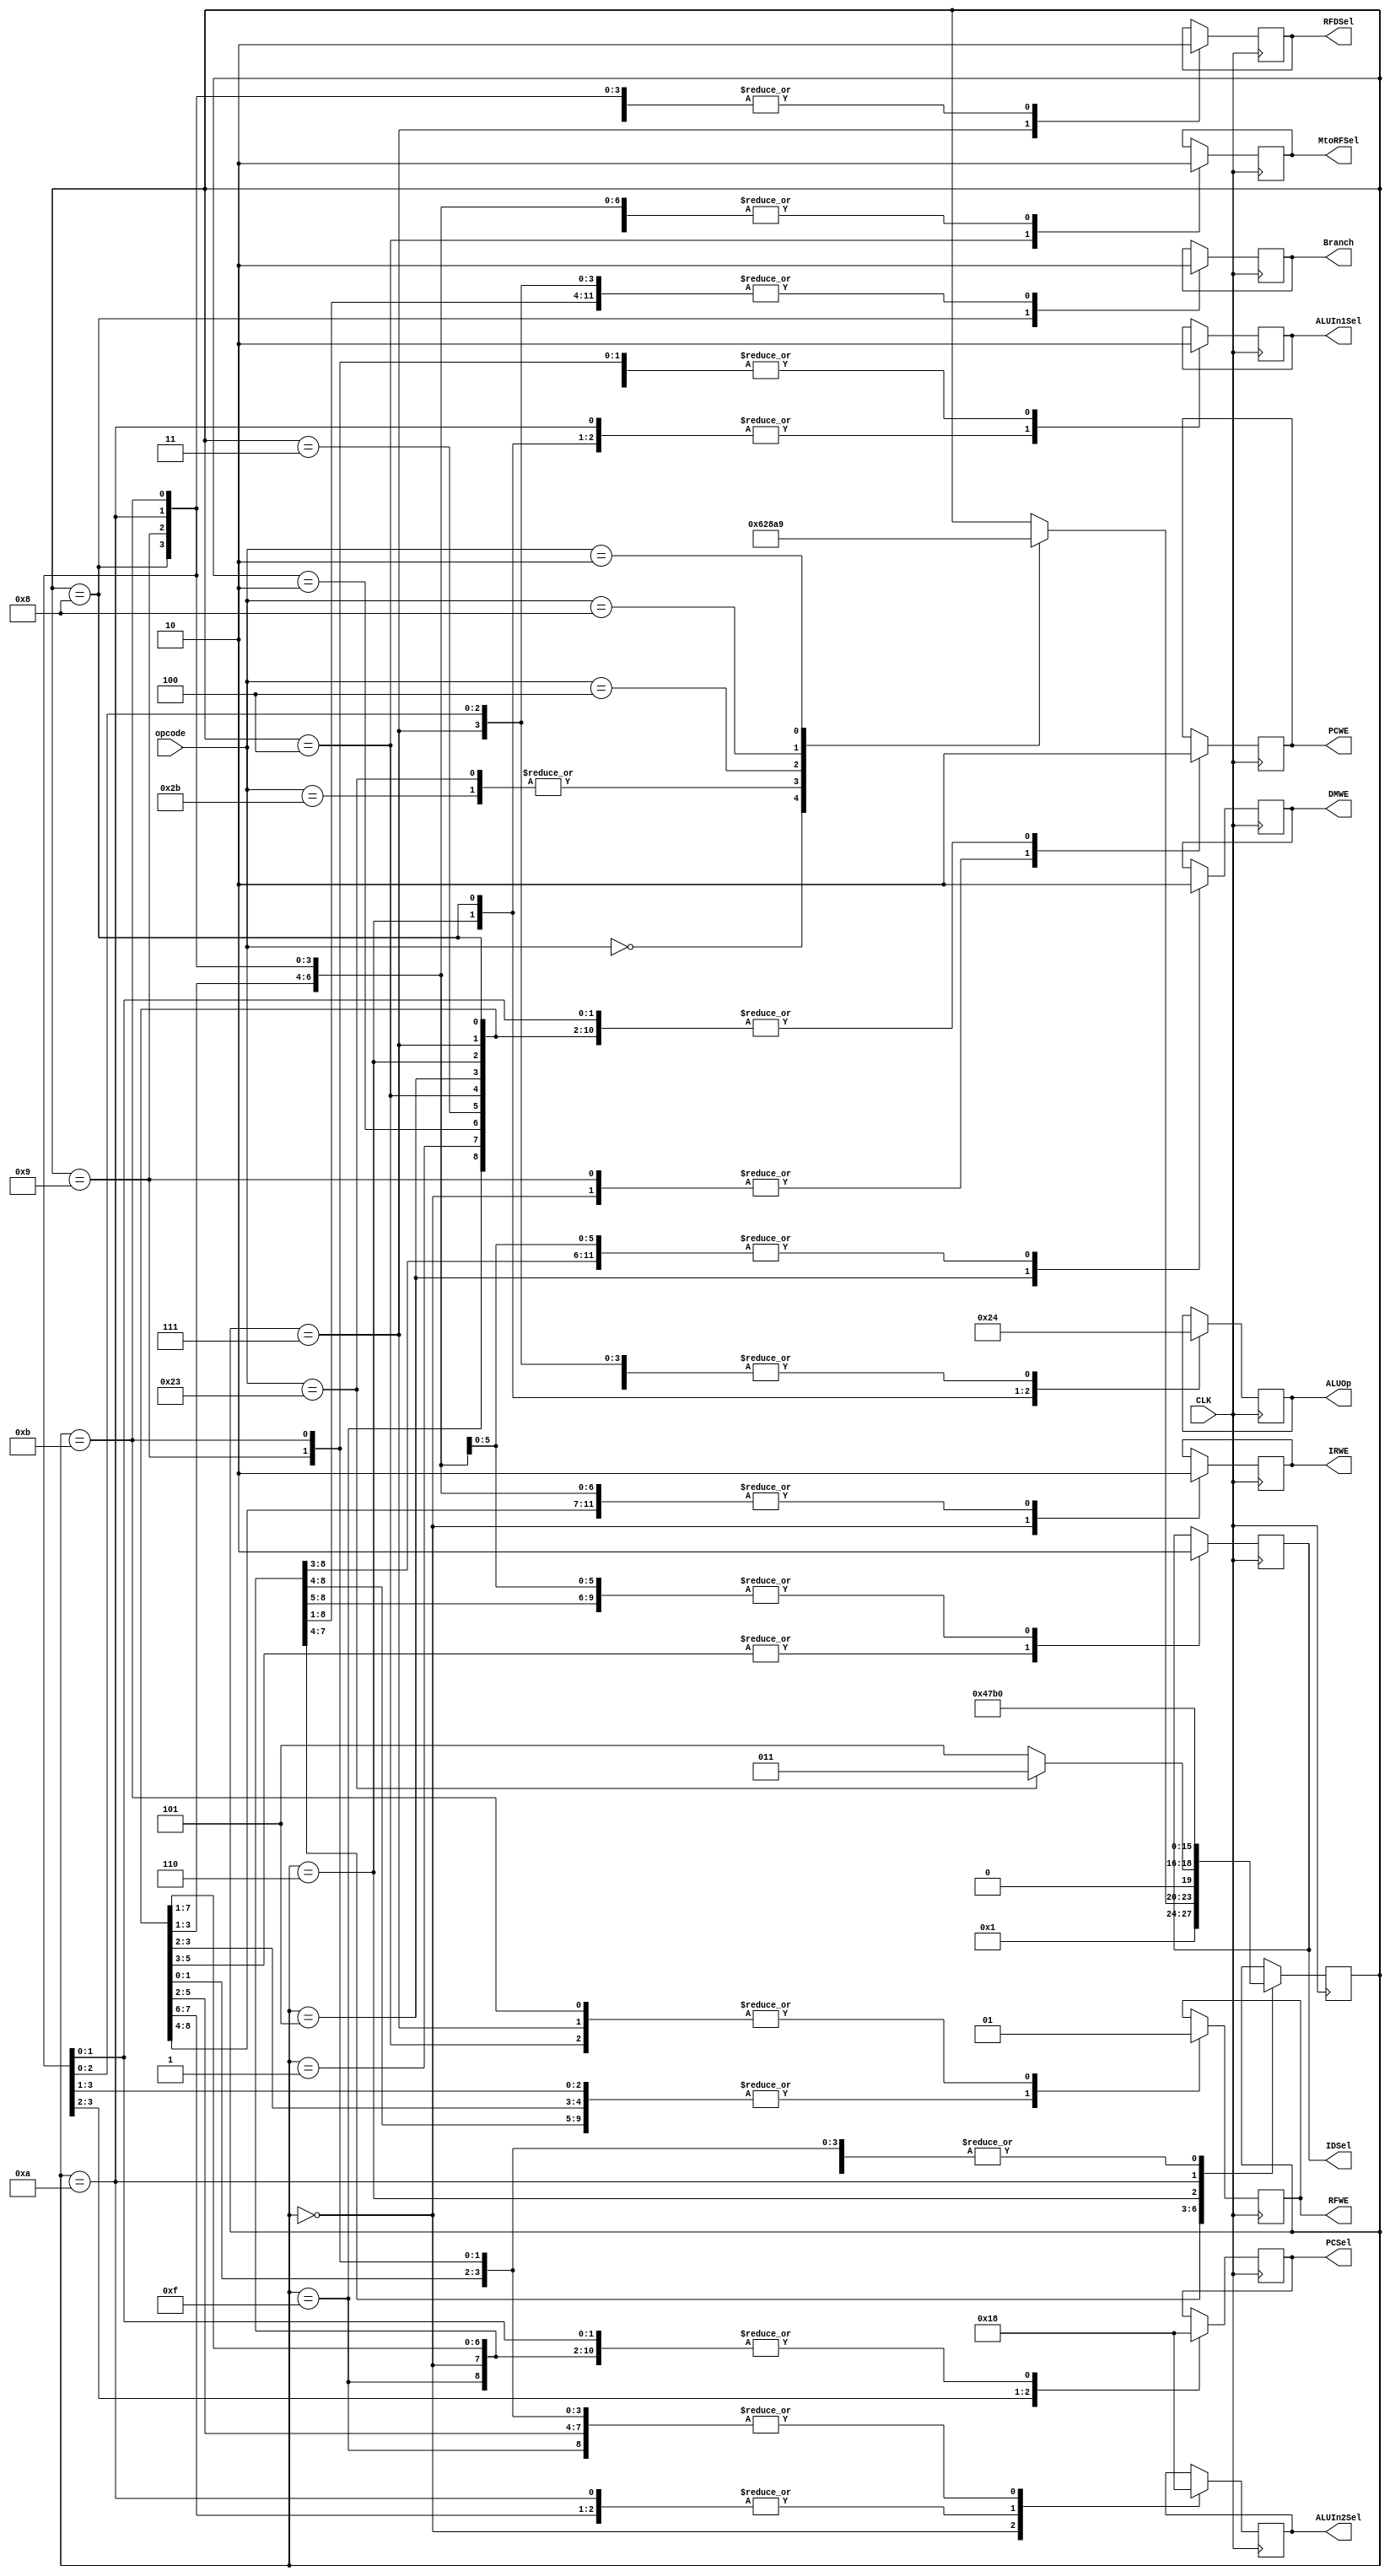
`timescale 1ns / 1ps
//////////////////////////////////////////////////////////////////////////////////
// Company: 
// Engineer: 
// 
// Design Name: 
// Module Name: Main_Decoder
// Project Name: 
// Target Devices: 
// Tool Versions: 
// Description: 
// 
// Dependencies: 
// 
// Revision:
// Revision 0.01 - File Created
// Additional Comments:
// 
//////////////////////////////////////////////////////////////////////////////////


module Main_Decoder(
    input CLK,
    input [5:0] opcode,
    output reg MtoRFSel,
    output reg RFDSel,
    output reg IDSel,
    output reg [1:0] PCSel,
    output reg [1:0] ALUIn2Sel,
    output reg ALUIn1Sel,
    output reg IRWE,
    output reg DMWE,
    output reg PCWE,
    output reg Branch,
    output reg RFWE,
    output reg [1:0] ALUOp
    
);  
    //Inst Type
    parameter Rtype = 6'b000000;
    parameter lw = 6'b100011;
    parameter sw = 6'b101011;
    parameter beq = 6'b000100;
    parameter addi = 6'b001000;
    parameter jump = 6'b000010;
    ///State
    parameter FETCH = 4'b0000;
    parameter DECODE = 4'b0001;
    parameter MEMADR = 4'b0010;
    parameter MEMREAD = 4'b0011;
    parameter MEMWRITEBACK = 4'b0100;
    parameter DMWESTATE = 4'b0101;
    parameter EXECUTE = 4'b0110;
    parameter ALUWRITEBACK = 4'b0111;
    parameter BRANCH = 4'b1000;
    parameter JUMP = 4'b1001;
    parameter ADDI1 = 4'b1010;
    parameter ADDI2 = 4'b1011;
    parameter START = 4'b1111;
    reg [3:0] Current_State = START;
    
    always @(negedge CLK) begin//non-blocking 
        case(Current_State)
            START: begin
                MtoRFSel = 1'b0;
                RFDSel = 1'b0;
                IDSel = 1'b0;
                PCSel = 2'b00;
                ALUIn2Sel = 2'b00;
                ALUIn1Sel = 1'b0;
                IRWE = 0;
                DMWE = 0;
                PCWE = 0;
                Branch = 0;
                RFWE = 0;
                ALUOp = 2'b00;
                Current_State = FETCH;
                end
            FETCH:begin
                MtoRFSel = 1'b0;
                RFDSel = 1'b0;
                IDSel = 0;
                PCSel = 2'b00;
                ALUIn2Sel = 2'b01;
                ALUIn1Sel = 0;
                IRWE = 1;
                DMWE = 0;
                PCWE = 1;
                Branch = 0;
                RFWE = 0;
                ALUOp = 2'b00;
                
                Current_State = DECODE;
                end
            DECODE: begin
                MtoRFSel = 1'b0;
                RFDSel = 1'b0;
                IDSel = 1'b0;
                PCSel = 2'b00;
                ALUIn2Sel = 2'b10;
                ALUIn1Sel = 1'b0;
                IRWE = 0;
                DMWE = 0;
                PCWE = 0;
                Branch = 0;
                RFWE = 0;
                ALUOp = 2'b00;                
                case (opcode)//1'bX
                    Rtype:begin//change to combinational logic
                        Current_State = EXECUTE;
                        end
                    lw:begin
                        Current_State = MEMADR;
                        end
                    sw:begin
                        Current_State = MEMADR;
                        end
                    beq:begin
                        Current_State =  BRANCH;
                        end
                    addi:begin
                        Current_State =  ADDI1;
                        end      
                    jump:begin
                        Current_State =  JUMP;
                        end
                    endcase
                end
            MEMADR: begin
                MtoRFSel = 1'b0;
                RFDSel = 1'b0;
                IDSel = 1'b0;
                PCSel = 2'b0;
                ALUIn2Sel = 2'b10;
                ALUIn1Sel = 1'b1;
                IRWE = 0;
                DMWE = 0;
                PCWE = 0;
                Branch = 0;
                RFWE = 0;
                ALUOp = 2'b00;
                if(opcode == lw) begin
                    Current_State = MEMREAD;
                    end
                else begin//(opcode == sw) 
                    Current_State = DMWESTATE;
                    end
                end
            MEMREAD: begin
                MtoRFSel = 1'b0;
                RFDSel = 1'b0;
                IDSel = 1'b1;
                PCSel = 2'b00;
                ALUIn2Sel = 2'b00;
                ALUIn1Sel = 1'b0;
                IRWE = 0;
                DMWE = 0;
                PCWE = 0;
                Branch = 0;
                RFWE = 0;
                ALUOp = 2'b00;
                
                Current_State = MEMWRITEBACK;
                end
            MEMWRITEBACK: begin
                MtoRFSel = 1'b1;
                RFDSel = 1'b0;
                IDSel = 1'b1;
                PCSel = 2'b00;
                ALUIn2Sel = 2'b00;
                ALUIn1Sel = 1'b0;
                IRWE = 0;
                DMWE = 0;
                PCWE = 0;
                Branch = 0;
                RFWE = 1;
                ALUOp = 2'b00;
                
                Current_State = FETCH;
                end
            DMWESTATE: begin
                MtoRFSel = 1'b0;
                RFDSel = 1'b0;
                IDSel = 1'b1;
                PCSel = 2'b00;
                ALUIn2Sel = 2'b00;
                ALUIn1Sel = 1'b0;
                IRWE = 0;
                DMWE = 1;
                PCWE = 0;
                Branch = 0;
                RFWE = 0;
                ALUOp = 2'b00;
                
                Current_State = FETCH;
                end
            EXECUTE: begin
                MtoRFSel = 1'b0;
                RFDSel = 1'b0;
                IDSel = 1'b0;
                PCSel = 2'b00;
                ALUIn2Sel = 2'b00;
                ALUIn1Sel = 1'b1;
                IRWE = 0;
                DMWE = 0;
                PCWE = 0;
                Branch = 0;
                RFWE = 0;
                ALUOp = 2'b10;
                
                Current_State = ALUWRITEBACK;
                end
            ALUWRITEBACK: begin
                MtoRFSel = 1'b0;
                RFDSel = 1'b1;
                IDSel = 1'b0;
                PCSel = 2'b00;
                ALUIn2Sel = 2'b00;
                ALUIn1Sel = 1'b0;
                IRWE = 0;
                DMWE = 0;
                PCWE = 0;
                Branch = 0;
                RFWE = 1;
                ALUOp = 2'b00;
                
                Current_State = FETCH;
                end
            BRANCH: begin
                MtoRFSel = 1'b0;
                RFDSel = 1'b0;
                IDSel = 1'b0;
                PCSel = 2'b01;
                ALUIn2Sel = 2'b00;
                ALUIn1Sel = 1'b1;
                IRWE = 0;
                DMWE = 0;
                PCWE = 0;
                Branch = 1;
                RFWE = 0;
                ALUOp = 2'b01;
                
                Current_State = FETCH;
                end
            JUMP: begin
                MtoRFSel = 1'b0;
                RFDSel = 1'b0;
                IDSel = 1'b0;
                PCSel = 2'b10;
                ALUIn2Sel = 2'b00;
                ALUIn1Sel = 1'b0;
                IRWE = 0;
                DMWE = 0;
                PCWE = 1;
                Branch = 0;
                RFWE = 0;
                ALUOp = 2'b00;
                
                Current_State = FETCH;
                end
            ADDI1: begin
                MtoRFSel = 1'b0;
                RFDSel = 1'b0;
                IDSel = 1'b0;
                PCSel = 2'b00;
                ALUIn2Sel = 2'b10;
                ALUIn1Sel = 1'b1;
                IRWE = 0;
                DMWE = 0;
                PCWE = 0;
                Branch = 0;
                RFWE = 0;
                ALUOp = 2'b00;
                
                Current_State = ADDI2;
                end
            ADDI2: begin
                MtoRFSel = 1'b0;
                RFDSel = 1'b0;
                IDSel = 1'b0;
                PCSel = 2'b00;
                ALUIn2Sel = 2'b00;
                ALUIn1Sel = 1'b0;
                IRWE = 0;
                DMWE = 0;
                PCWE = 0;
                Branch = 0;
                RFWE = 1;
                ALUOp = 2'b00;
                
                Current_State = FETCH;
                end
       endcase
    end
endmodule




//        case (opcode)//1'bX
//            Rtype:begin//change to combinational logic
                
//            end
//            lw:begin

//            end
//            sw:begin

//            end
//            beq:begin

//            end
//            addi:begin

//            end      
//            jump:begin

//            end
//         endcase